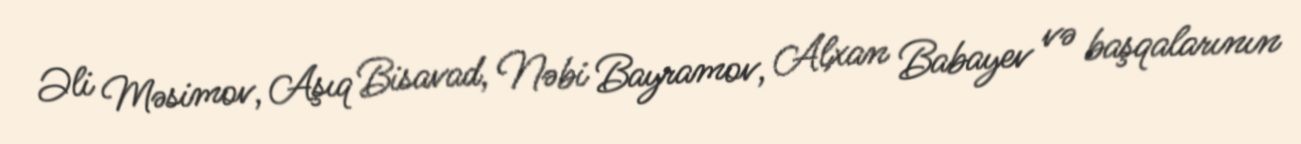
Əli Məsimov, Aşıq Bisavad, Nəbi Bayramov, Alxan Babayev və başqalarının